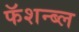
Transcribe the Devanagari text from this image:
फॅशन्ब्ल